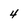
Character: 4